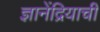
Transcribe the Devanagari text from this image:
ज्ञानेंद्रियाची